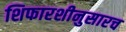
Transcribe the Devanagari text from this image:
शिफारशीनुसारच